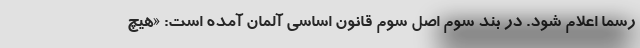
رسما اعلام شود. در بند سوم اصل سوم قانون اساسی آلمان آمده است: «هیچ